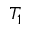
T _ { 1 }